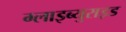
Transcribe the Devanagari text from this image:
ग्लाइब्युराइड